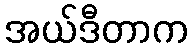
အယ်ဒီတာက